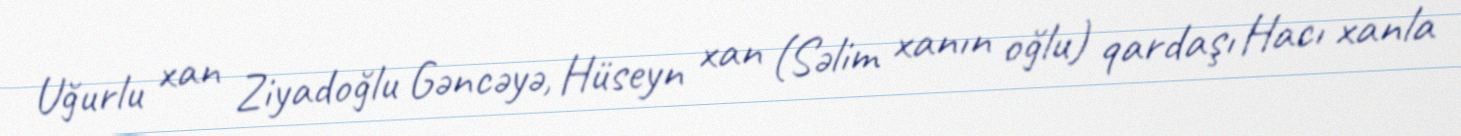
Uğurlu xan Ziyadoğlu Gəncəyə, Hüseyn xan (Səlim xanın oğlu) qardaşı Hacı xanla